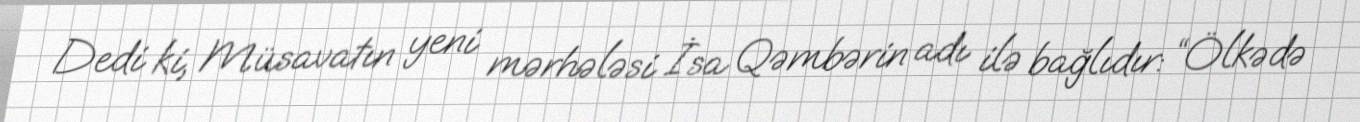
Dedi ki, Müsavatın yeni mərhələsi İsa Qəmbərin adı ilə bağlıdır: “Ölkədə